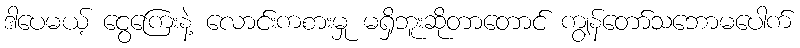
ဒါပေမယ့် ငွေကြေးနဲ့ လောင်းကစားမှု မရှိဘူးဆိုတာတောင် ကျွန်တော်သဘောမပေါက်